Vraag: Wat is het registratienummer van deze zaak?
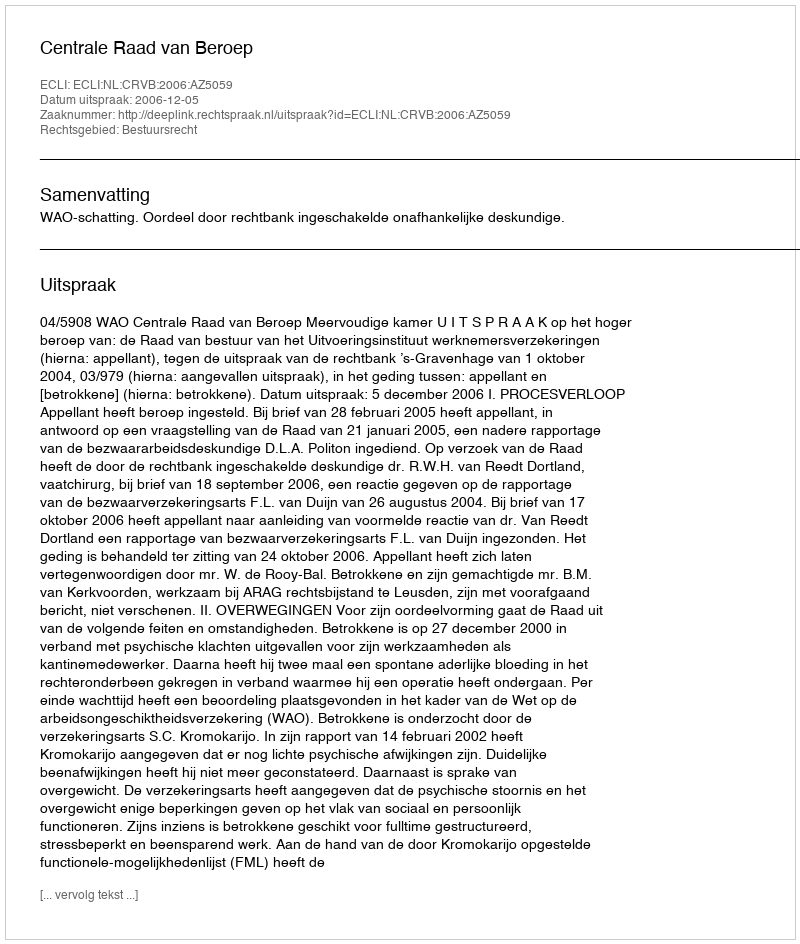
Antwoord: http://deeplink.rechtspraak.nl/uitspraak?id=ECLI:NL:CRVB:2006:AZ5059